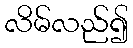
လိမ်လည်၍